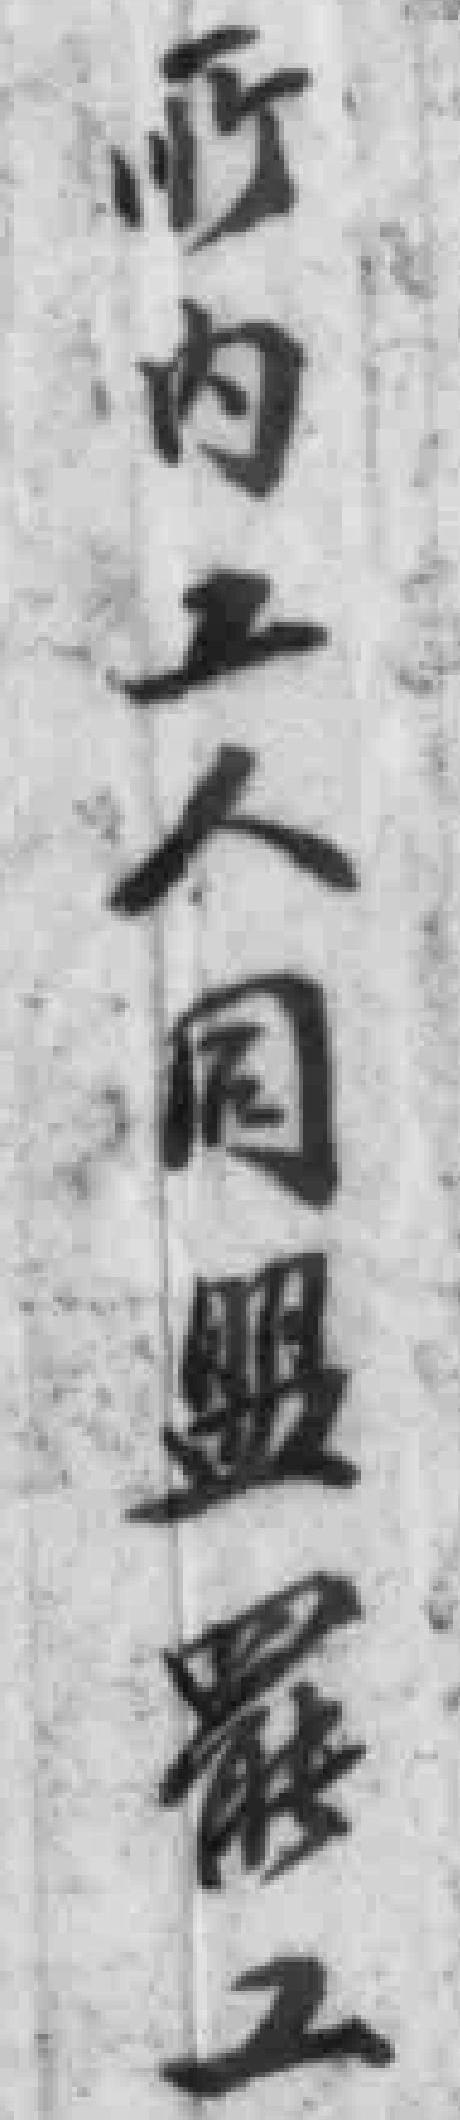
所内工人同盟罷工